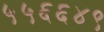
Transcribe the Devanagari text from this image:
५५६६४९